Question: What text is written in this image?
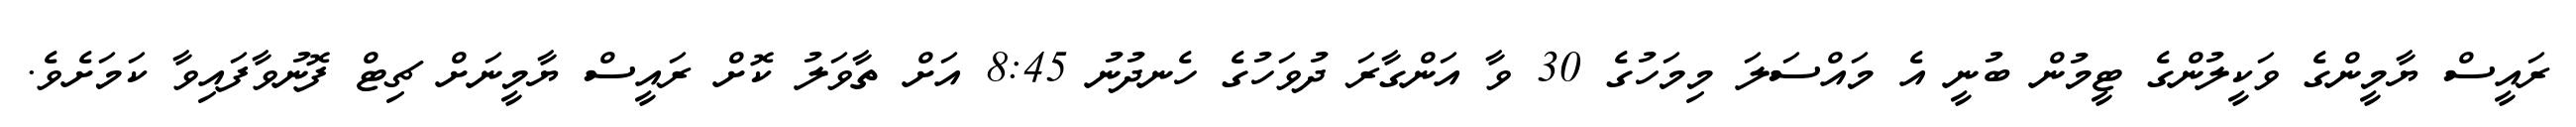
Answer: ރައީސް ޔާމީންގެ ވަކީލުންގެ ޓީމުން ބުނީ އެ މައްސަލަ މިމަހުގެ 30 ވާ އަންގާރަ ދުވަހުގެ ހެނދުނު 8:45 އަށް ތާވަލު ކޮށް ރައީސް ޔާމީނަށް ޗިޓް ފޮނުވާފައިވާ ކަމަށެވެ.